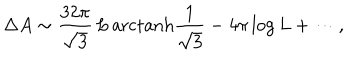
\Delta A \sim \frac { 3 2 \pi } { \sqrt { 3 } } \, L \, { \mathrm { a r c t a n h } } \frac 1 { \sqrt { 3 } } - 4 \pi \log L + \cdots ,